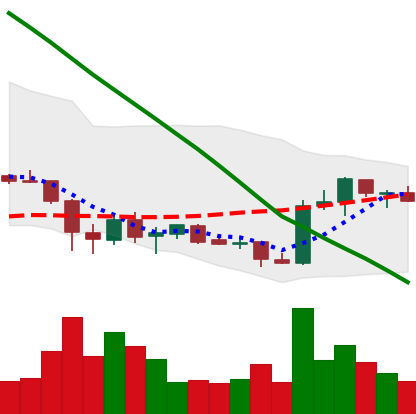
Ticker: ADA-USD
Chart end date: 2019-02-13
Forward return: 10.913%
Label: up_7plus